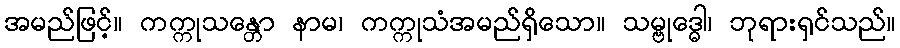
အမည်ဖြင့်။ ကက္ကုသန္တော နာမ၊ ကက္ကုသံအမည်ရှိသော။ သမ္ဗုဒ္ဓေါ၊ ဘုရားရှင်သည်။